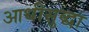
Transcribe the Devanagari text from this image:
आधीसुद्धा